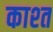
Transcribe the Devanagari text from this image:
काश्‍त